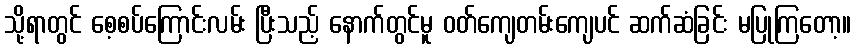
သို့ရာတွင် စေ့စပ်ကြောင်းလမ်း ပြီးသည့် နောက်တွင်မူ ဝတ်ကျေတမ်းကျေပင် ဆက်ဆံခြင်း မပြုကြတော့။